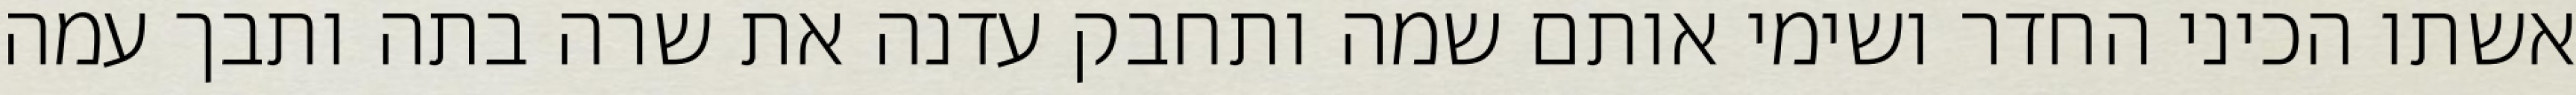
אשתו הכיני החדר ושימי אותם שמה ותחבק עדנה את שרה בתה ותבך עמה